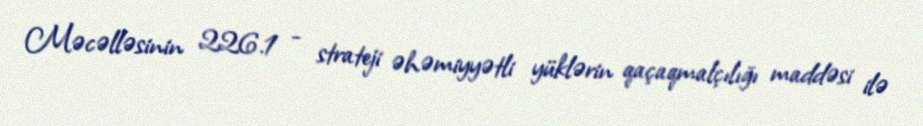
Məcəlləsinin 226.1 - strateji əhəmiyyətli yüklərin qaçaqmalçılığı maddəsi ilə